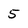
Character: 5